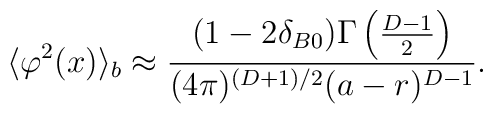
\langle \varphi ^{2}(x)\rangle _{b}\approx \frac{(1-2\delta_{B0})\Gamma \left( \frac{D-1}{2}\right)}{(4\pi)^{(D+1)/2}(a-r)^{D-1}}.